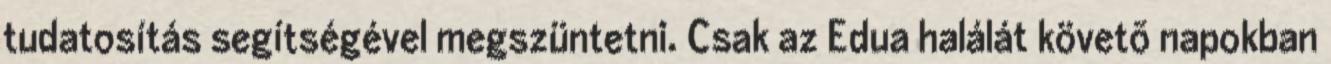
tudatosítás segítségével megszüntetni. Csak az Edua halálát követõ napokban